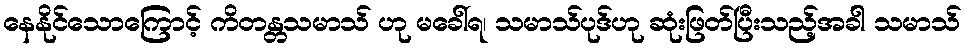
နေနိုင်သောကြောင့် ကိတန္တသမာသ် ဟု မခေါ်ရ၊ သမာသ်ပုဒ်ဟု ဆုံးဖြတ်ပြီးသည့်အခါ သမာသ်